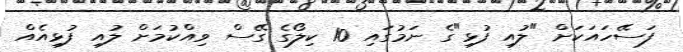
ފަސޭހައަކަށް "ލުއި ފުޅި"ގެ ނަމުގައި 10 ކިލޯގެ ގޭސް ވިއްކުމަށް ލުއި ފުޅިއެއް